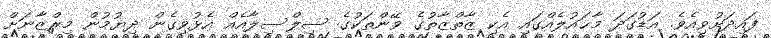
ފައިދަށުވިއެވެ. އަޑުގަދަ މާޙައުލެއްގައި އެކި ޒާތްޒާތުގެ ވޭންތަކުގެ ސިލްސިލާއެއް އެޅުވިގެން ދިޔުމުން މިރްޒާނަށް